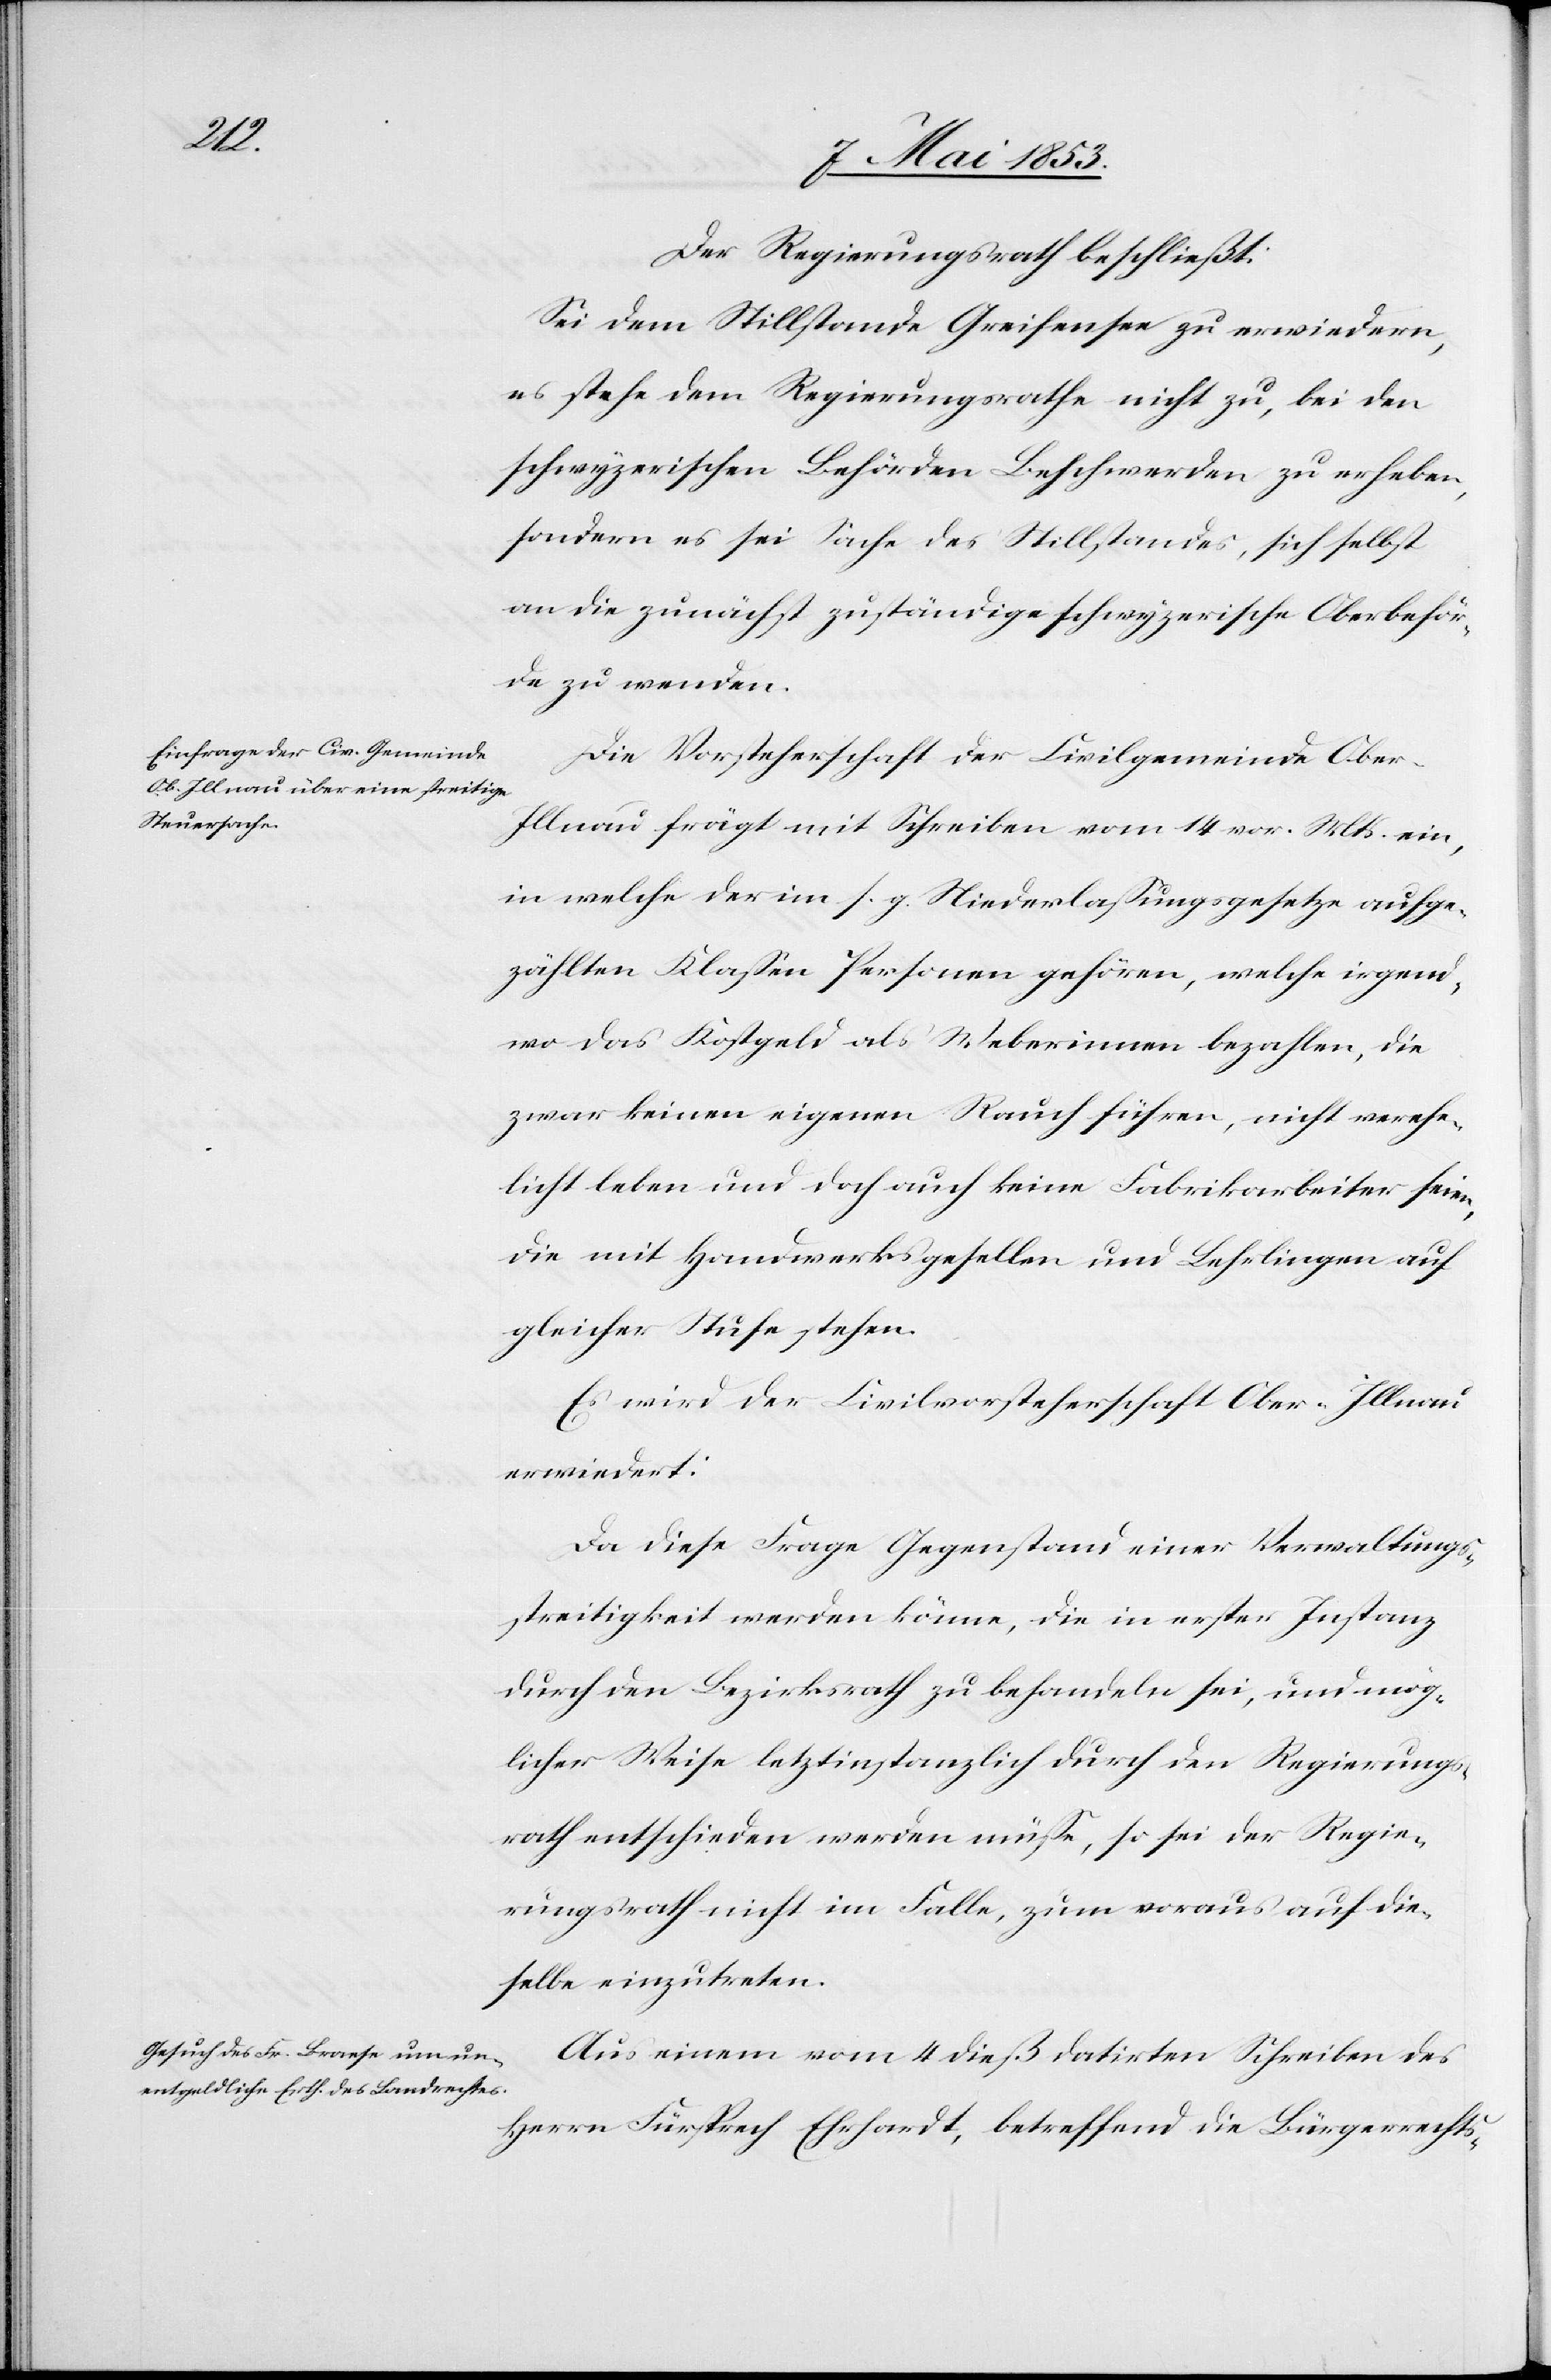
Der Regierungsrath beschließt:
Sei dem Stillstande Greifensee zu erwiedern,
es stehe dem Regierungsrathe nicht zu, bei den
schwyzerischen Behörden Beschwerden zu erheben,
sondern es sei Sache des Stillstandes, sich selbst
an die zunächst zuständige schweizerische Oberbehör¬
de zu wenden.
Die Vorsteherschaft der Civilgemeinde Ober-I¬
llnau frägt mit Schreiben vom 14 vor. Mts. ein,
in welche der im s. g. Niederlaßungsgesetze aufge¬
zählten Klaßen Personen gehören, welche irgend¬
wo das Kostgeld als Weberinnen bezahlen, die
zwar keinen eigenen Rauch führen, nicht verehe¬
licht leben und doch auch keine Fabrikarbeiter seien,
die mit Handwerksgesellen und Lehrlingen auf
gleicher Stufe stehen.
Es wird der Civilvorsteherschaft Ober-Illnau
erwiedert:
Da diese Frage Gegenstand einer Verwaltungs¬
streitigkeit werden könne, die in erster Instanz
durch den Bezirksrath zu behandeln sei, und mög¬
licher Weise letztinstanzlich durch den Regierungs¬
rath entschieden werden müße, so sei der Regie¬
rungsrath nicht im Falle, zum voraus auf die¬
selbe einzutreten.
Aus einem vom 4 dieß datirten Schreiben des
Herrn Fürsprech Ehrhardt, betreffend die Bürgerrechts-